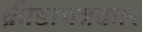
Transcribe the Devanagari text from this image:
क्रीडापत्रकार